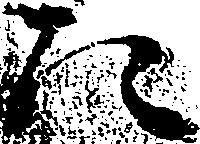
た